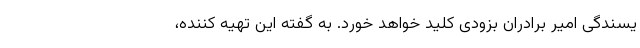
یسندگی امیر برادران بزودی کلید خواهد خورد. به گفته این تهیه کننده،